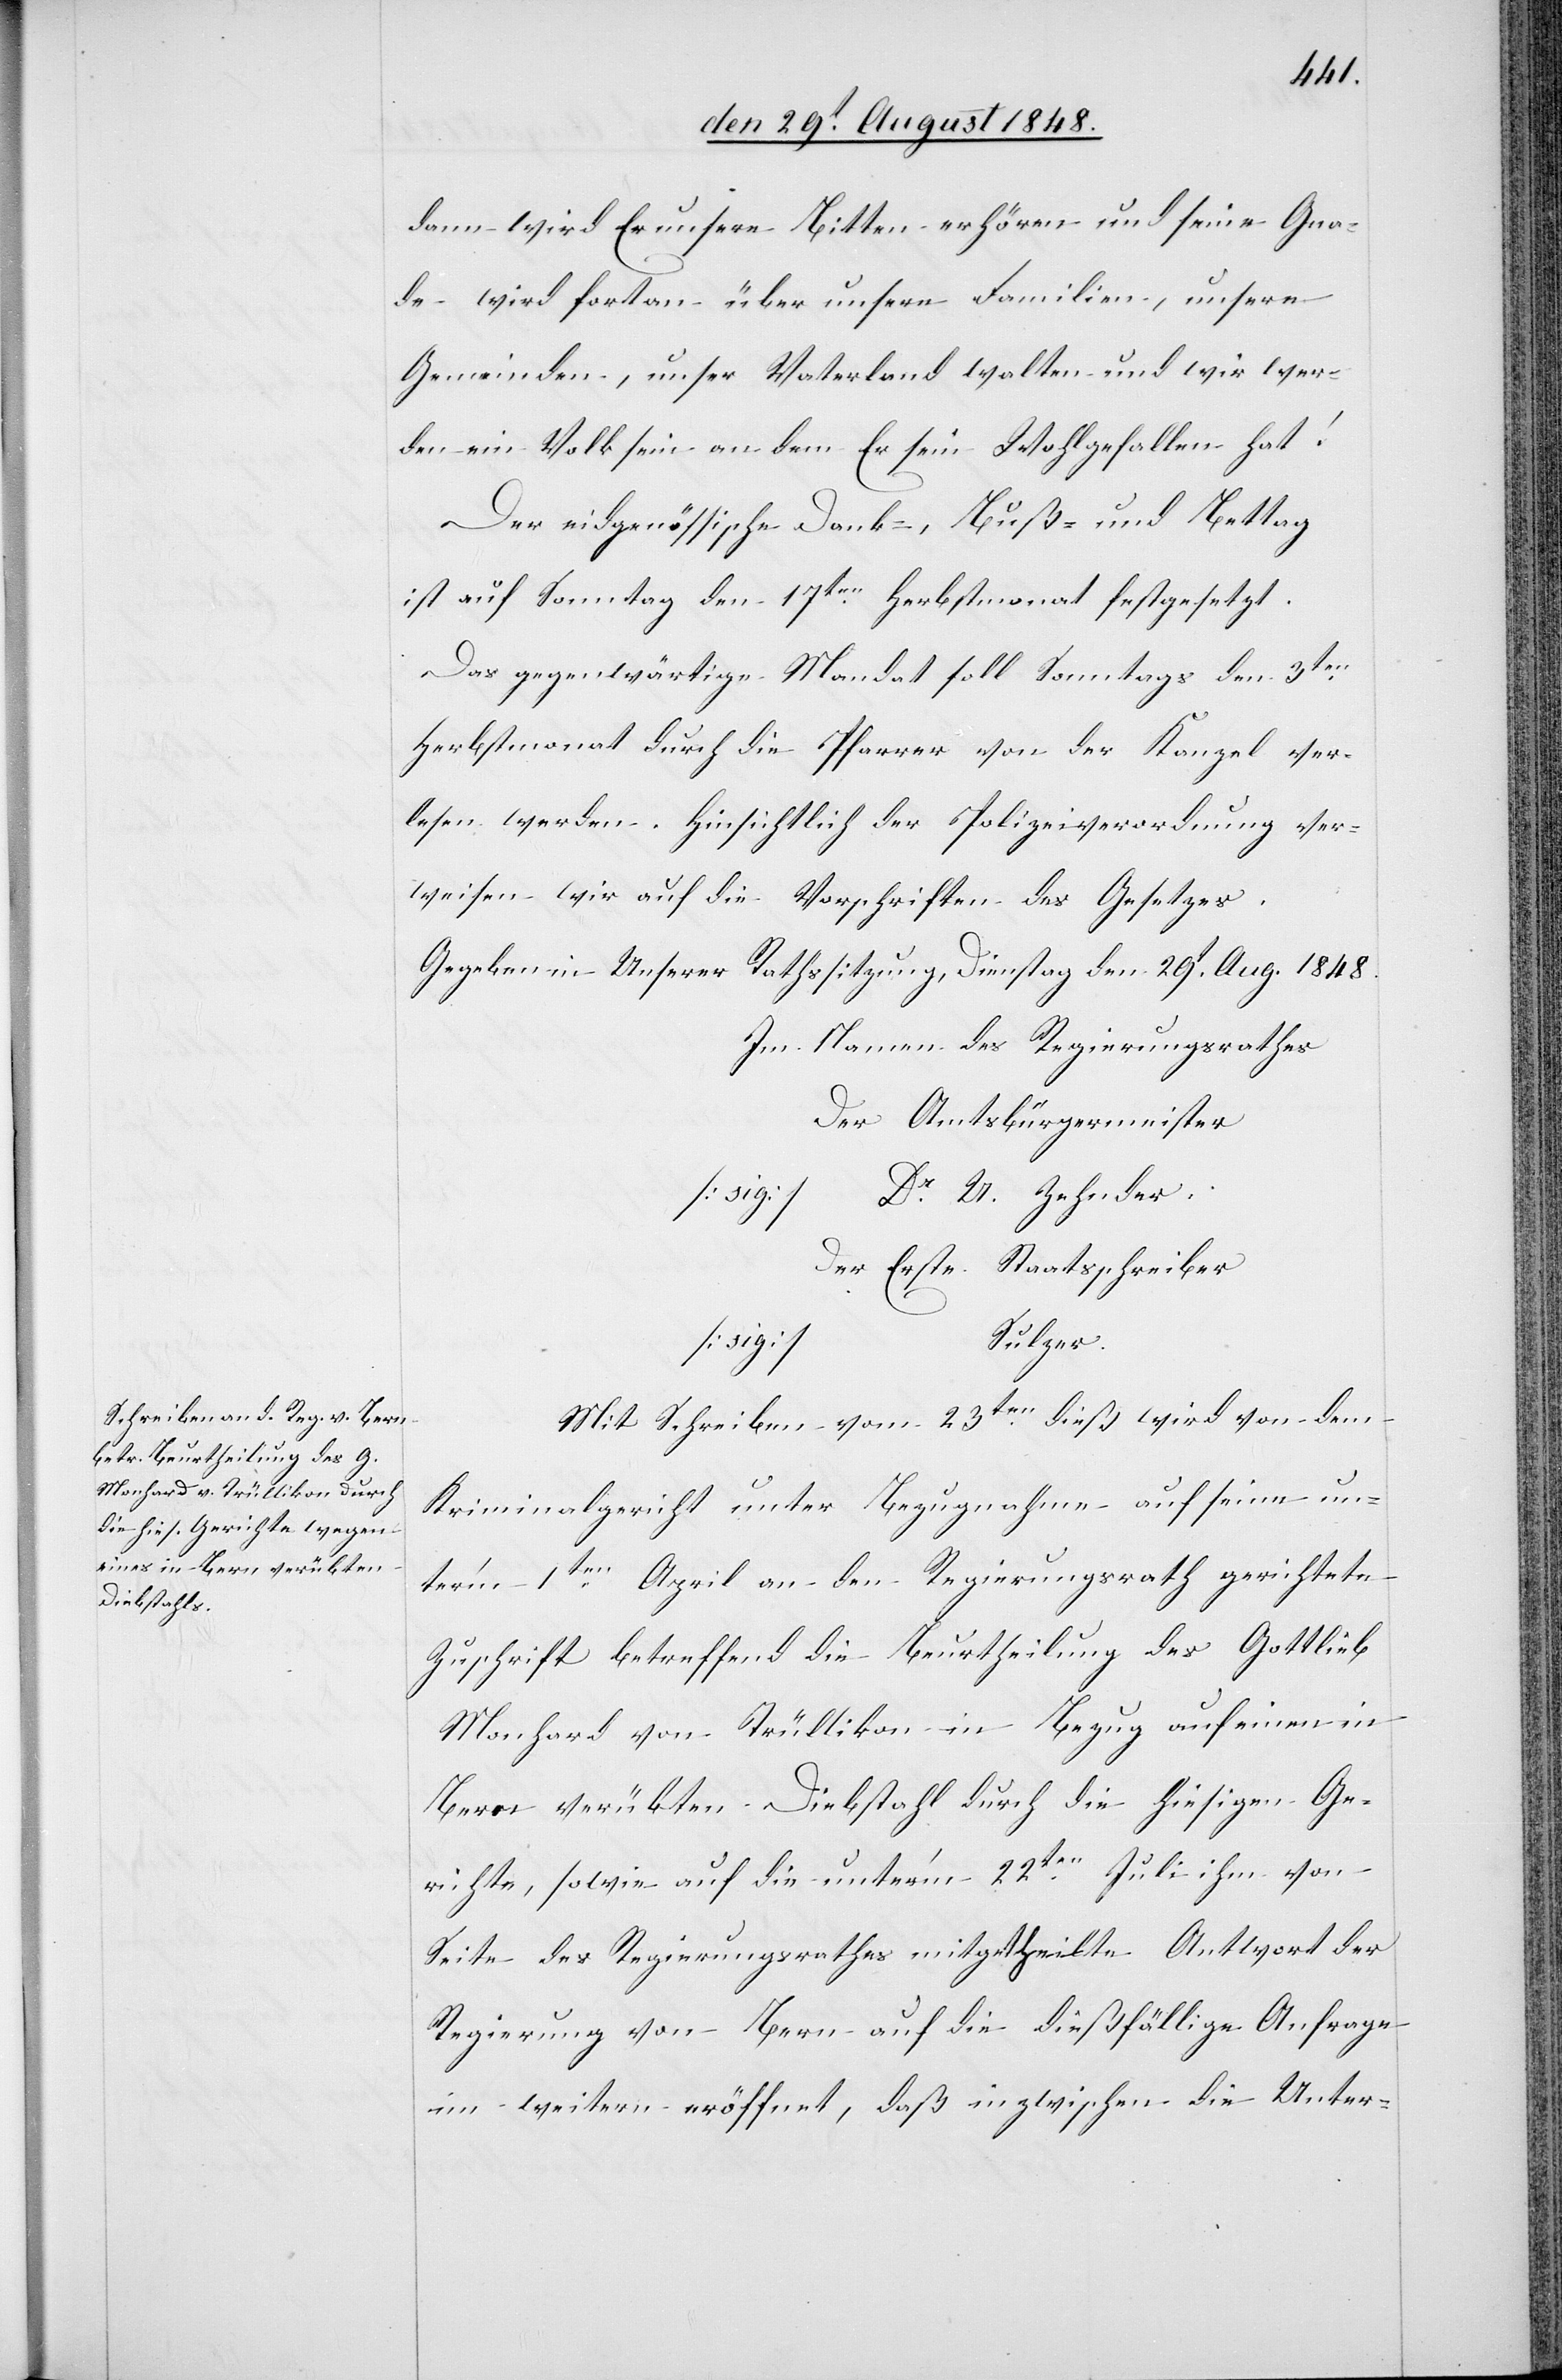
dann wird Er unsere Bitten erhören und seine Gna¬
de wird fortan über unsere Familien, unsere
Gemeinden, unser Vaterland walten und wir wer¬
den ein Volk sein an dem Er sein Wohlgefallen hat!
Der eidgenössische Dank-, Buß- und Bettag
ist auf Sonntag den 17ten Herbstmonat festgesetzt.
Das gegenwärtige Mandat soll Sonntags den 3ten
Herbstmonat durch die Pfarrer von der Kanzel ver¬
lesen werden. Hinsichtlich der Polizeiverordnung ver¬
weisen wir auf die Vorschriften des Gesetzes.
Gegeben in Unserer Rathssitzung, Dienstag den 29t Aug. 1848.
Im Namen des Regierungsrathes
Der Amtsbürgermeister
[sig] Dr U. Zehnder
Der Erste Staatsschreiber
Sulzer.
Mit Schreiben vom 23ten dieß wird von dem
Kriminalgericht unter Bezugnahme auf seine un¬
ter’m 1ten April an den Regierungsrath gerichtete
Zuschrift betreffend die Beurtheilung des Gottlieb
Monhard von Trüllikon in Bezug auf einen in
Bern verübten Diebstahl durch die hiesigen Ge¬
richte, sowie auf die unter’m 22ten Juli ihm von
Seite des Regierungsrathes mitgetheilte Antwort der
Regierung von Bern auf die dießfällige Anfrage
im weitern eröffnet, daß inzwischen die Unter-